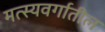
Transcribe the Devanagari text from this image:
मत्स्यवर्गातील